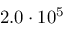
2 . 0 \cdot 1 0 ^ { 5 }